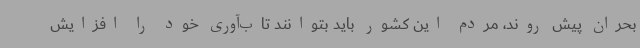
بحران پیش روند، مردم این کشور باید بتوانند تاب‌آوری خود را افزایش